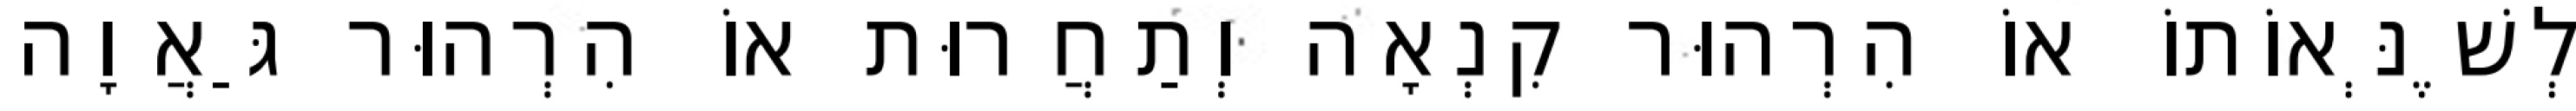
לְשֶׁנְּאוֹתוֹ אוֹ הִרְהוּר קִנְאָה וְתַחֲרוּת אוֹ הִרְהוּר גַּאֲוָה